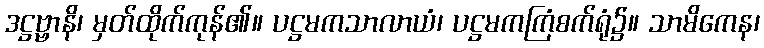
ဒဋ္ဌဗ္ဗာနိ၊ မှတ်ထိုက်ကုန်၏။ ပဋ္ဌမကသာလာယံ၊ ပဋ္ဌမကကြံစက်ရုံ၌။ သာမိကေန၊